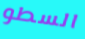
السطو